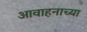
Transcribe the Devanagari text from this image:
आवाहनाच्या